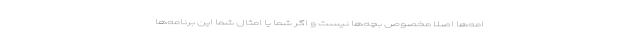
امه‌ها اصلا مخصوص بچه‌ها نیست و اگر شما یا امثال شما این برنامه‌ها